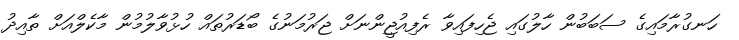
ހަނގުރާމައިގެ ސަބަބުން ހާލުގައި ޖެހިފައިވާ ރެފިއުޖީންނަށް ޖަރުމަނުގެ ބޯޑަރުތައް ހުޅުވާލުމުން މާކެލްއަށް ތާއިދު